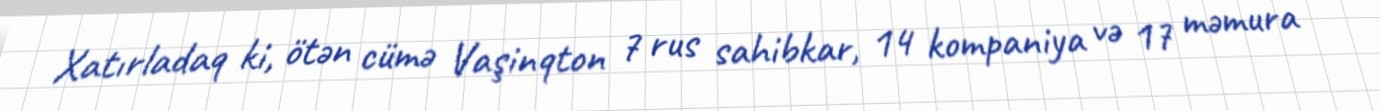
Xatırladaq ki, ötən cümə Vaşinqton 7 rus sahibkar, 14 kompaniya və 17 məmura